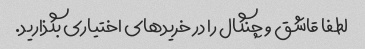
لطفا قاشق و چنگال را در خرید‌های اختیاری بگذارید.